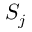
S _ { j }